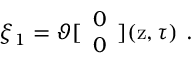
\xi _ { 1 } = \vartheta [ \begin{array} { c } { { 0 } } \\ { { 0 } } \end{array} ] ( \mathrm { z } , \tau ) \ .